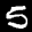
Label: 5